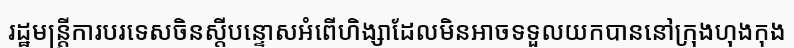
រដ្ឋមន្ត្រីការបរទេសចិនស្តីបន្ទោសអំពើហិង្សាដែលមិនអាចទទួលយកបាននៅក្រុងហុងកុង